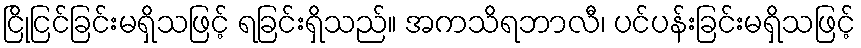
ငြိုငြင်ခြင်းမရှိသဖြင့် ရခြင်းရှိသည်။ အကသိရဘာလီ၊ ပင်ပန်းခြင်းမရှိသဖြင့်